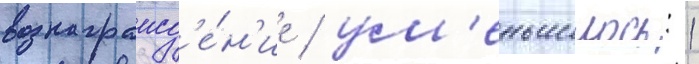
вознагражд'е́н'ие / ум'еньшилось: 1